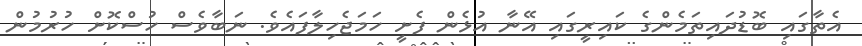
އެތާގައި ބޮޑުދައިތަމެންގެ ކައިރީގައި އޭނާ އުޅެން ފެށީ ހަމަޖެހިލާފައެވެ. ނަބާވެސް ހުސްކޮށް ހުރުމުން